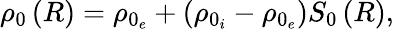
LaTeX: \rho_{0}\left(R\right)=\rho_{0_{e}}+\left(\rho_{0_{i}}-\rho_{0_{e}}\right)S_{0}\left(R\right),